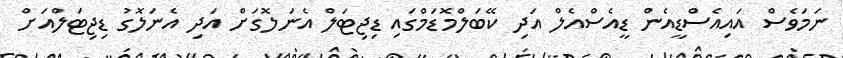
ނަމަވެސް އައިއެސްޑީއެން ޑީއެސްއެލް އަދި ކޭބަލްމޮޑަމްގައި ޑިޖިޓަލް އެނަލޮގަށް އަދި އެނަލޮގު ޑިޖިޓަލްއަށް